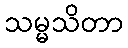
သမ္မသိတာ